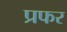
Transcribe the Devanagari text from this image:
प्रफर